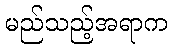
မည်သည့်အရာက